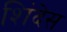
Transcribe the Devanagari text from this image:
शिंदेस